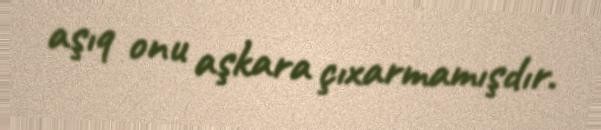
aşıq onu aşkara çıxarmamışdır.